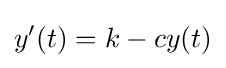
y'(t)=k-cy(t)